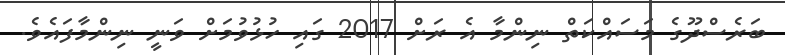
ބަރެސްދޫގެ މަސައްކަތް ނިންމާ އެ ރަށް 2017 ގައި ހުޅުވުމަށް ވަނީ ނިންމާފައެވެ.